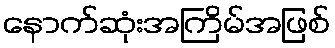
နောက်ဆုံးအကြိမ်အဖြစ်